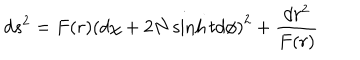
d s ^ { 2 } = F ( r ) \left( d \chi + 2 N \sinh t d \phi \right) ^ { 2 } + \frac { d r ^ { 2 } } { F ( r ) }